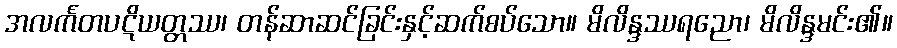
အလင်္ကတပဋိယတ္တဿ၊ တန်ဆာဆင်ခြင်းနှင့်ဆက်စပ်သော။ မိလိန္ဒဿရညော၊ မိလိန္ဒမင်း၏။